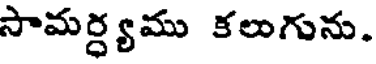
సామర్ధ్యము కలుగును.